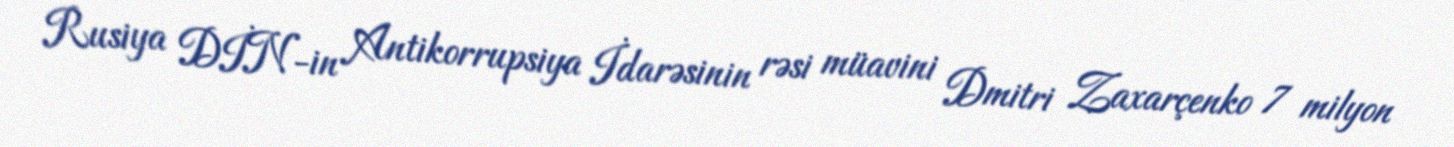
Rusiya DİN-in Antikorrupsiya İdarəsinin rəsi müavini Dmitri Zaxarçenko 7 milyon